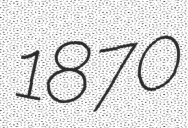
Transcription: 1870